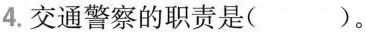
4.交通警察的职责是( )。